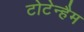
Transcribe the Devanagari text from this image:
टोटेन्हैम